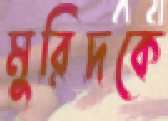
মুরিদকে